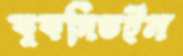
কুকসিভইল